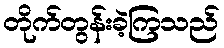
တိုက်တွန်းခဲ့ကြသည်